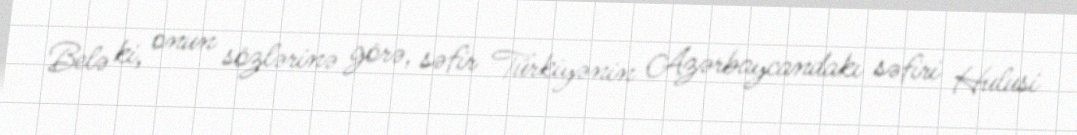
Belə ki, onun sözlərinə görə, səfir Türkiyənin Azərbaycandakı səfiri Hulusi